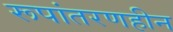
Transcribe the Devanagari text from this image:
रूपांतरणहीन